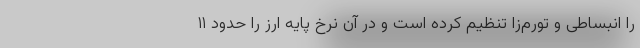
را انبساطی و تورم‌زا تنظیم کرده است و در آن نرخ پایه ارز را حدود ۱۱